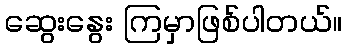
ဆွေးနွေး ကြမှာဖြစ်ပါတယ်။